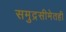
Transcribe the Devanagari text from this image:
समुद्रसीमेतही